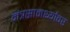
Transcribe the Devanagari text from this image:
मंत्रसामर्थ्यावर